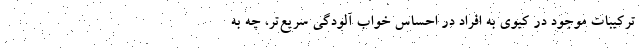
ترکیبات موجود در کیوی به افراد در احساس خواب آلودگی سریع‌تر، چه به